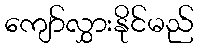
ကျော်လွှားနိုင်မည်